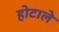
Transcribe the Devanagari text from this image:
होटाले